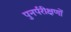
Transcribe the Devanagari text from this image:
पुनर्परीक्षणों